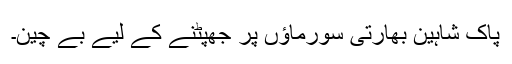
پاک شاہین بھارتی سورماؤں پر جھپٹنے کے لیے بے چین۔